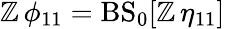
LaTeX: \mathbb{Z}\, \phi_{11}=\mathrm{{BS}}_{0}[\mathbb{Z}\, \eta_{11}]